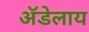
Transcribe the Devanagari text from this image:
अॅडेलाय